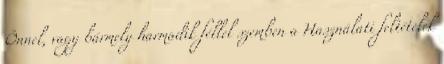
Önnel, vagy bármely harmadik féllel szemben a Használati feltételek